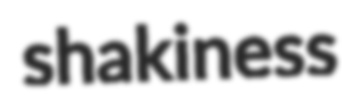
shakiness